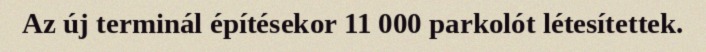
Az új terminál építésekor 11 000 parkolót létesítettek.